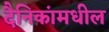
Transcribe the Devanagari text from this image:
दैनिकांमधील